Vaccination North-Western Provinces and Oudh 1896-1901 - 1896-1901
Year: 1896
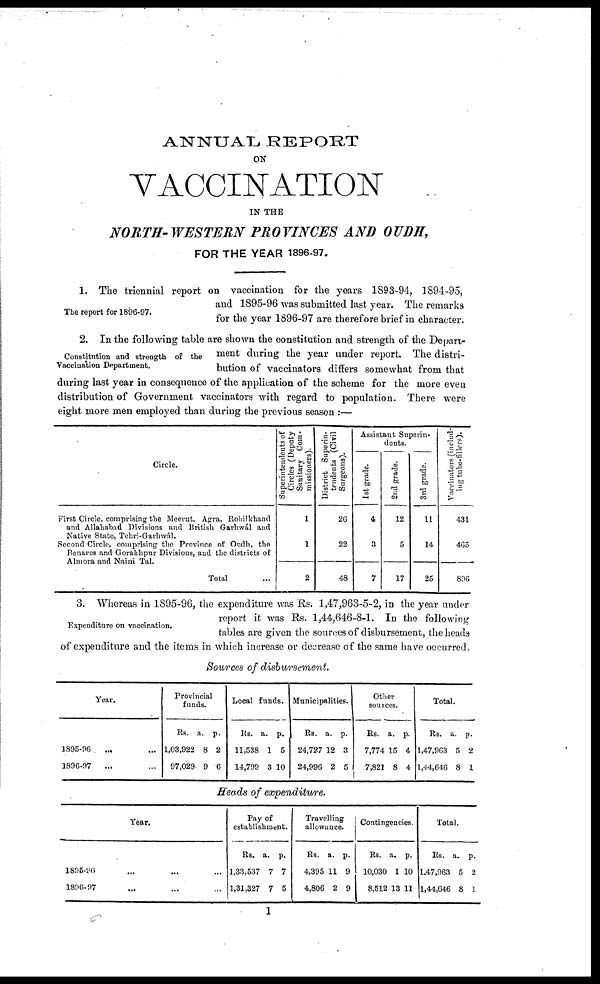
ANNUAL REPORT
ON
VACCINATION
IN THE
NORTH-WESTERN PROVINCES AND OUDH,
FOR THE YEAR 1896-97.
The report for 1896-97.
1. The triennial report on vaccination for the years 1893-94, 1894-95,
and 1895-96 was submitted last year. The remarks
for the year 1896-97 are therefore brief in character.
Constitution and strength of the
Vaccination Department.
2. In the following table are shown the constitution and strength of the Depart-
ment during the year under report. The distri-
bution of vaccinators differs somewhat from that
during last year in consequence of the application of the scheme for the more even
distribution of Government vaccinators with regard to population. There were
eight more men employed than during the previous season :—
Circle.
First Circle, comprising the Meerut, Agra, Rohilkhand
and Allahabad Divisions and British Garhwál and
Native State, Tehri-Garhwál.
Second Circle, comprising the Province of Oudh, the
Benares and Gorakhpur Divisions, and the districts of
Almora and Naini Tal.
Total ...
Superintendents of
Circles (Deputy
Sanitary Com-
missioners).
1
1
2
District Superin-
tendents (Civil
Surgeons).
26
22
48
Assistant Superin¬
dents.
1st grade.
4
3
7
2nd grade.
12
5
17
3rd grade.
11
14
25
Vaccinators (includ-
ing tube-fillers).
431
465
896
Expenditure on vaccination.
3. Whereas in 1895-96, the expenditure was Rs. 1,47,963-5-2, in the year under
report it was Rs. 1,44,646-8-1. In the following
tables are given the sources of disbursement, the heads
of expenditure and the items in which increase or decrease of the same have occurred.
Sources of disbursement.
Year.
1895-96
... ...
1896-97
... ...
Provincial
funds.
Rs.
1,03,922
97,029
a.
8
9
p.
2
6
Local funds.
Rs.
11,538
14,799
a.
1
3
p.
5
10
Municipalities.
Rs.
24,727
24,996
a.
12
2
p.
3
5
Other
sources.
Rs.
7,774
7,821
a.
15
8
p.
4
4
Total.
Rs.
1,47,963
1,44,646
a.
5
8
p.
2
1
Heads of expenditure.
Year.
1895-96 ... ... ...
1896-97 ... ... ...
Pay of
establishment.
Rs.
1,33,537
1,31,327
a.
7
7
p.
7
5
Travelling
allowance.
Rs.
4,395
4,806
a.
11
2
p.
9
9
Contingencies.
Rs.
10,030
8,512
a.
1
13
p.
10
11
Total.
Rs.
1,47,963
1,44,646
a.
5
8
p.
2
1
1